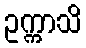
ဥက္ကာသိ